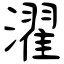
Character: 濯